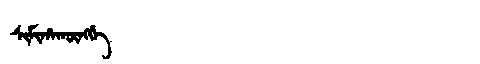
Manchu: ᠰᡳᠮᡳᡥᠠᡴᡡᠩᡤᡝ
Romanization: SIMIHAKŪNGGE